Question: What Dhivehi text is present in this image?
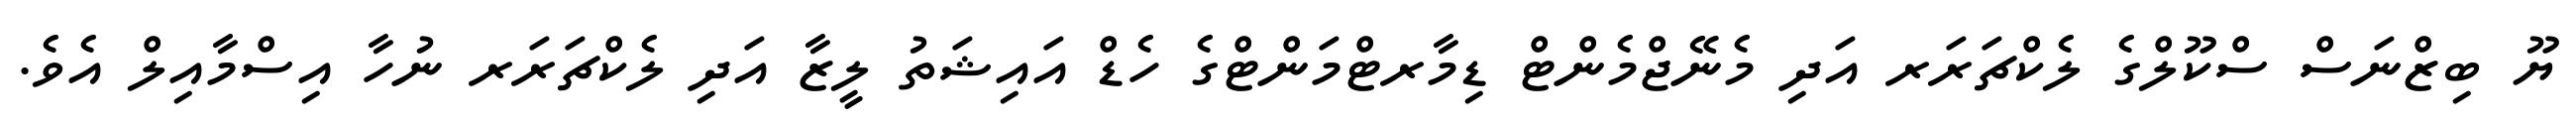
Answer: ޔޫ ބިޒްނަސް ސްކޫލްގެ ލެކްޗަރަރ އަދި މެނޭޖްމެންޓް ޑިމާރޓްމަންޓްގެ ހެޑް އައިޝަތު ލީޒާ އަދި ލެކްޗަރަރ ނުހާ އިސްމާއިލް އެވެ.